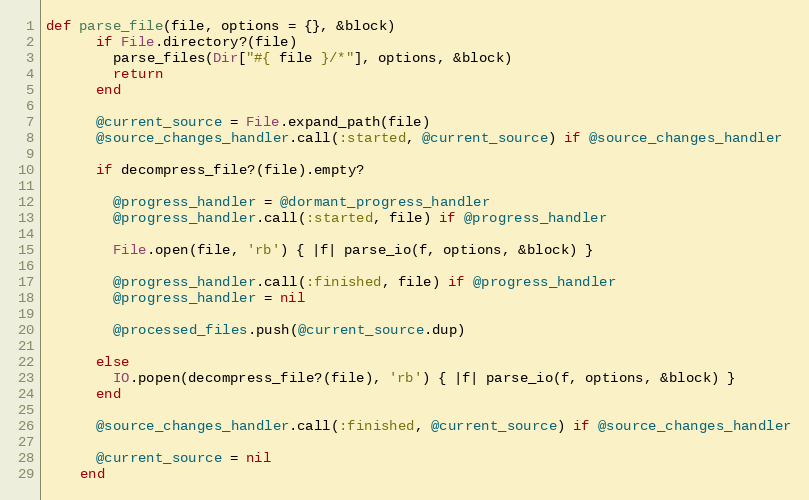
Language: Ruby
def parse_file(file, options = {}, &block)
      if File.directory?(file)
        parse_files(Dir["#{ file }/*"], options, &block)
        return
      end

      @current_source = File.expand_path(file)
      @source_changes_handler.call(:started, @current_source) if @source_changes_handler

      if decompress_file?(file).empty?

        @progress_handler = @dormant_progress_handler
        @progress_handler.call(:started, file) if @progress_handler

        File.open(file, 'rb') { |f| parse_io(f, options, &block) }

        @progress_handler.call(:finished, file) if @progress_handler
        @progress_handler = nil

        @processed_files.push(@current_source.dup)

      else
        IO.popen(decompress_file?(file), 'rb') { |f| parse_io(f, options, &block) }
      end

      @source_changes_handler.call(:finished, @current_source) if @source_changes_handler

      @current_source = nil
    end